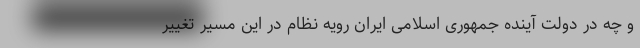
و چه در دولت آینده جمهوری اسلامی ایران رویه نظام در این مسیر تغییر